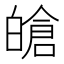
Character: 𤾙